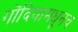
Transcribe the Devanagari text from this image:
गोंदियामधूनच